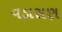
વડાસણ